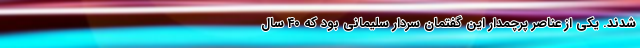
شدند. یکی از عناصر پرچمدار این گفتمان سردار سلیمانی بود که ۴۰ سال